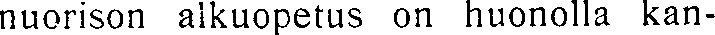
nuorison alkuopetus on huonolla kan-